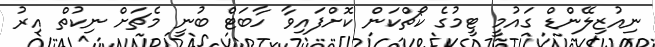
ނިއުޒިލޭންޑް ގައުމީ ޓީމުގެ ކޯޗްކަން ކޮށްފައިވާ ހާބަޓް ބުނީ މެޗަށް ނިކުތް އިރު